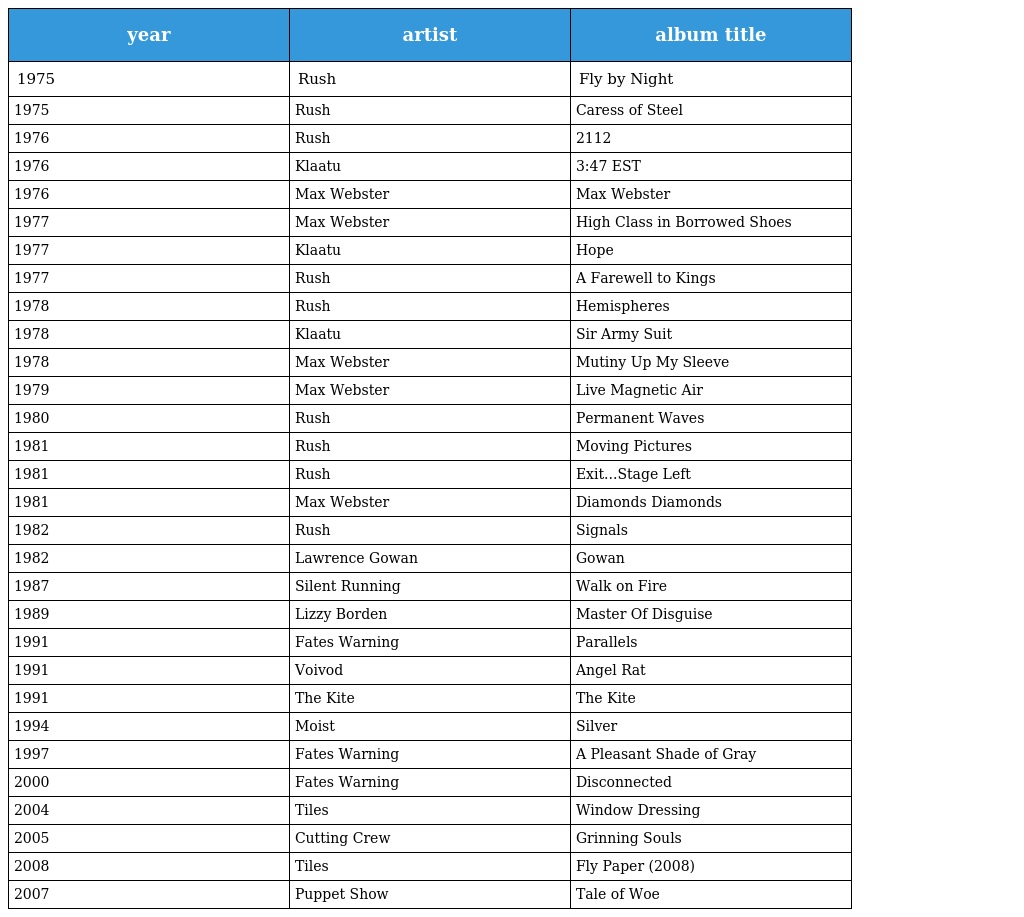
| year | artist | album title |
 | --- | --- | --- |
 | 1975 | Rush | Fly by Night |
 | 1975 | Rush | Caress of Steel |
 | 1976 | Rush | 2112 |
 | 1976 | Klaatu | 3:47 EST |
 | 1976 | Max Webster | Max Webster |
 | 1977 | Max Webster | High Class in Borrowed Shoes |
 | 1977 | Klaatu | Hope |
 | 1977 | Rush | A Farewell to Kings |
 | 1978 | Rush | Hemispheres |
 | 1978 | Klaatu | Sir Army Suit |
 | 1978 | Max Webster | Mutiny Up My Sleeve |
 | 1979 | Max Webster | Live Magnetic Air |
 | 1980 | Rush | Permanent Waves |
 | 1981 | Rush | Moving Pictures |
 | 1981 | Rush | Exit...Stage Left |
 | 1981 | Max Webster | Diamonds Diamonds |
 | 1982 | Rush | Signals |
 | 1982 | Lawrence Gowan | Gowan |
 | 1987 | Silent Running | Walk on Fire |
 | 1989 | Lizzy Borden | Master Of Disguise |
 | 1991 | Fates Warning | Parallels |
 | 1991 | Voivod | Angel Rat |
 | 1991 | The Kite | The Kite |
 | 1994 | Moist | Silver |
 | 1997 | Fates Warning | A Pleasant Shade of Gray |
 | 2000 | Fates Warning | Disconnected |
 | 2004 | Tiles | Window Dressing |
 | 2005 | Cutting Crew | Grinning Souls |
 | 2008 | Tiles | Fly Paper (2008) |
 | 2007 | Puppet Show | Tale of Woe |